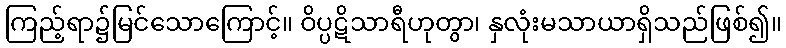
ကြည့်ရာ၌မြင်သောကြောင့်။ ဝိပ္ပဋိသာရီဟုတွာ၊ နှလုံးမသာယာရှိသည်ဖြစ်၍။